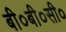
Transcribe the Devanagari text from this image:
बी०बी०सी०